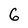
Character: 6